Madras plague regulations and rules for the city of Madras
Disease focus: Plague
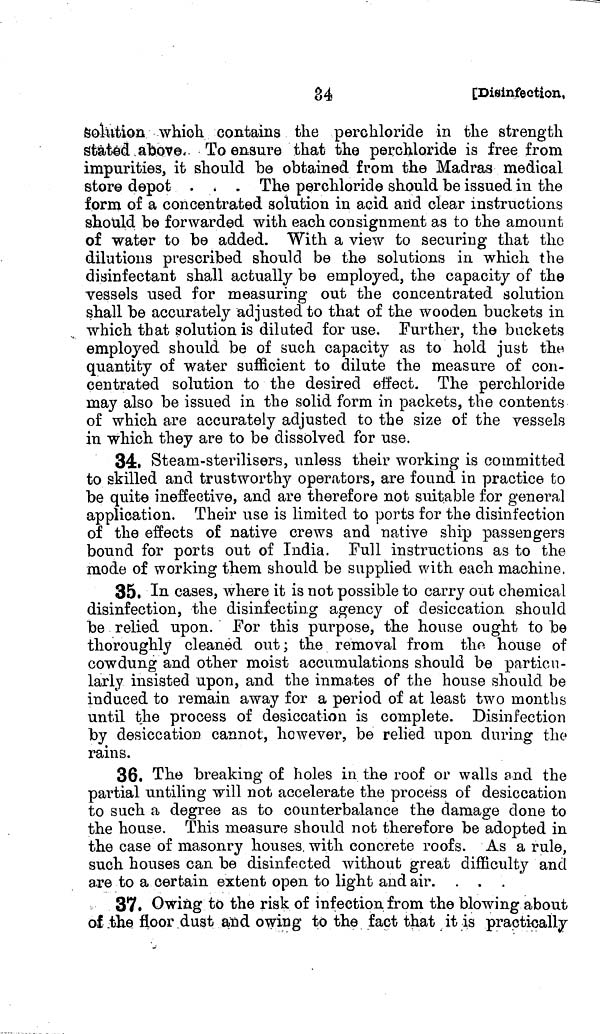
34
[Disinfection,
Solution which contains the perchloride in the strength
stated above, To ensure that the perchloride is free from
impurities, it should be obtained from the Madras medical
store depot . . . The perchloride should be issued in the
form of a concentrated solution in acid and clear instructions
should be forwarded with each consignment as to the amount
of water to be added. With a view to securing that the
dilutions prescribed should be the solutions in which the
disinfectant shall actually be employed, the capacity of the
vessels used for measuring out the concentrated solution
shall be accurately adjusted to that of the wooden buckets in
which that solution is diluted for use. Further, the buckets
employed should be of such capacity as to hold just the
quantity of water sufficient to dilute the measure of con-
centrated solution to the desired effect. The perchloride
may also be issued in the solid form in packets, the contents
of which are accurately adjusted to the size of the vessels
in which they are to be dissolved for use.
34. Steam-sterilisers, unless their working is committed
to skilled and trustworthy operators, are found in practice to
be quite ineffective, and are therefore not suitable for general
application. Their use is limited to ports for the disinfection
of the effects of native crews and native ship passengers
bound for ports out of India. Full instructions as to the
mode of working them should be supplied with each machine.
35. In cases, where it is not possible to carry out chemical
disinfection, the disinfecting agency of desiccation should
be relied upon. For this purpose, the house ought to be
thoroughly cleaned out; the removal from the house of
cow dung and other moist accumulations should be particu-
larly insisted upon, and the inmates of the house should be
induced to remain away for a period of at least two months
until the process of desiccation is complete. Disinfection
by desiccation cannot, however, be relied upon during the
rains.
36. The breaking of holes in the roof or walls and the
partial untiling will not accelerate the process of desiccation
to such a degree as to counterbalance the damage done to
the house. This measure should not therefore be adopted in
the case of masonry houses, with concrete roofs. As a rule,
such houses can be disinfected without great difficulty and
are to a certain extent open to light and air.
37. Owing to the risk of infection from the blowing about
of the floor dust and owing to the fact that it is practically